system: You are a helpful assistant.
user:
Analyze the provided spectrum to determine if it is a **Carbon Star (C-type)**.

- **Key Visual Indicators of Carbon Star:**
    - **(Primary):** Strong molecular absorption from **C₂ (diatomic carbon) "Swan Bands."** This is the **defining feature** of a carbon star.
        - **(Key Bandheads):** Sharp absorption edges are visible at approximately $5635$ Å, $5165$ Å (the strongest band), and $4737$ Å.
        - **(Line Profile):** Creates a distinct **"saw-tooth"** pattern. The key morphology is a sharp, steep bandhead on the **red (long-wavelength) side**, which then gradually tapers off (i.e., flux recovers) towards the **blue (short-wavelength) side**. *(This is the direct opposite of the TiO bands seen in M-type stars)*.

    - **(Secondary):** Intense **CN (cyanogen)** molecular absorption bands.
        - **(Key Bandheads):** Located in the blue and violet regions of the spectrum (e.g., near $4215$ Å and $3883$ Å).
        - **(Morphology):** These bands are extremely broad and act as a "blanket," absorbing the vast majority of blue and violet light. This creates a characteristic **"cliff"** or **"steep drop-off"** in the spectrum's flux at short wavelengths.

    - **(Key Confirmation):** Strong **CH absorption band (G-band)**.
        - **(Key Bandhead):** Located around $4300$ Å. The contribution from CH molecules to this band is exceptionally strong.

    - **(Overall Spectrum):**
        - The continuum is severely "chopped up" by these deep molecular bands, especially C₂, rather than appearing as a smooth curve.
        - Due to the heavy CN and C₂ absorption in the blue-green, the vast majority of the star's flux is concentrated in the red part of the spectrum, giving the star its characteristic deep red color.

Think first, call **spectral_visualization_tool** if needed to examine features in detail, then provide your final answer. Your response must adhere to the following strict rules:
1.  **Overall Structure:** Your response must follow the format `<think>...</think> <tool_call>...</tool_call> (if a tool is used) <answer>...</answer>`.
2.  **Tool Usage Constraint:** You may only make **one** tool call per turn.
3.  **Final Answer Format:** In the `<answer>` tag, your conclusion must be inside a `\boxed{}` command (e.g., `\boxed{YES}`), followed by your justification.

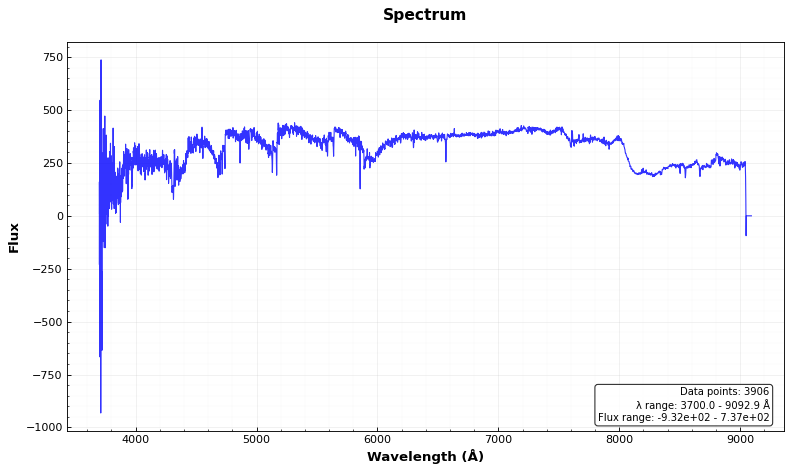
Answer: YES